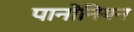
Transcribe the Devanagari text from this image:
पानोनियन